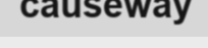
causeway